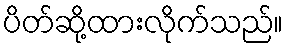
ပိတ်ဆို့ထားလိုက်သည်။